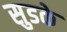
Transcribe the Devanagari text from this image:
सुडके